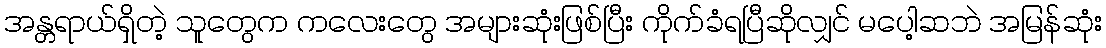
အန္တရာယ်ရှိတဲ့ သူတွေက ကလေးတွေ အများဆုံးဖြစ်ပြီး ကိုက်ခံရပြီဆိုလျှင် မပေါ့ဆဘဲ အမြန်ဆုံး